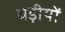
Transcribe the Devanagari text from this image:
घड़ीयों